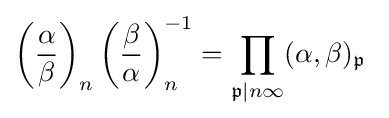
\left({\frac {\alpha }{\beta }}\right)_{n}\left({\frac {\beta }{\alpha }}\right)_{n}^{-1}=\prod _{{\mathfrak {p}}|n\infty }(\alpha ,\beta )_{\mathfrak {p}}\